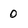
Character: 0